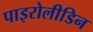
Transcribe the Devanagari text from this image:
पाइरोलीडिन